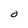
Character: O